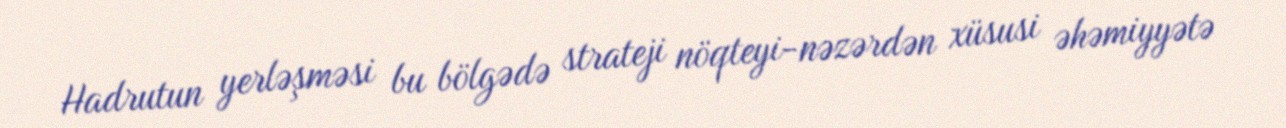
Hadrutun yerləşməsi bu bölgədə strateji nöqteyi-nəzərdən xüsusi əhəmiyyətə